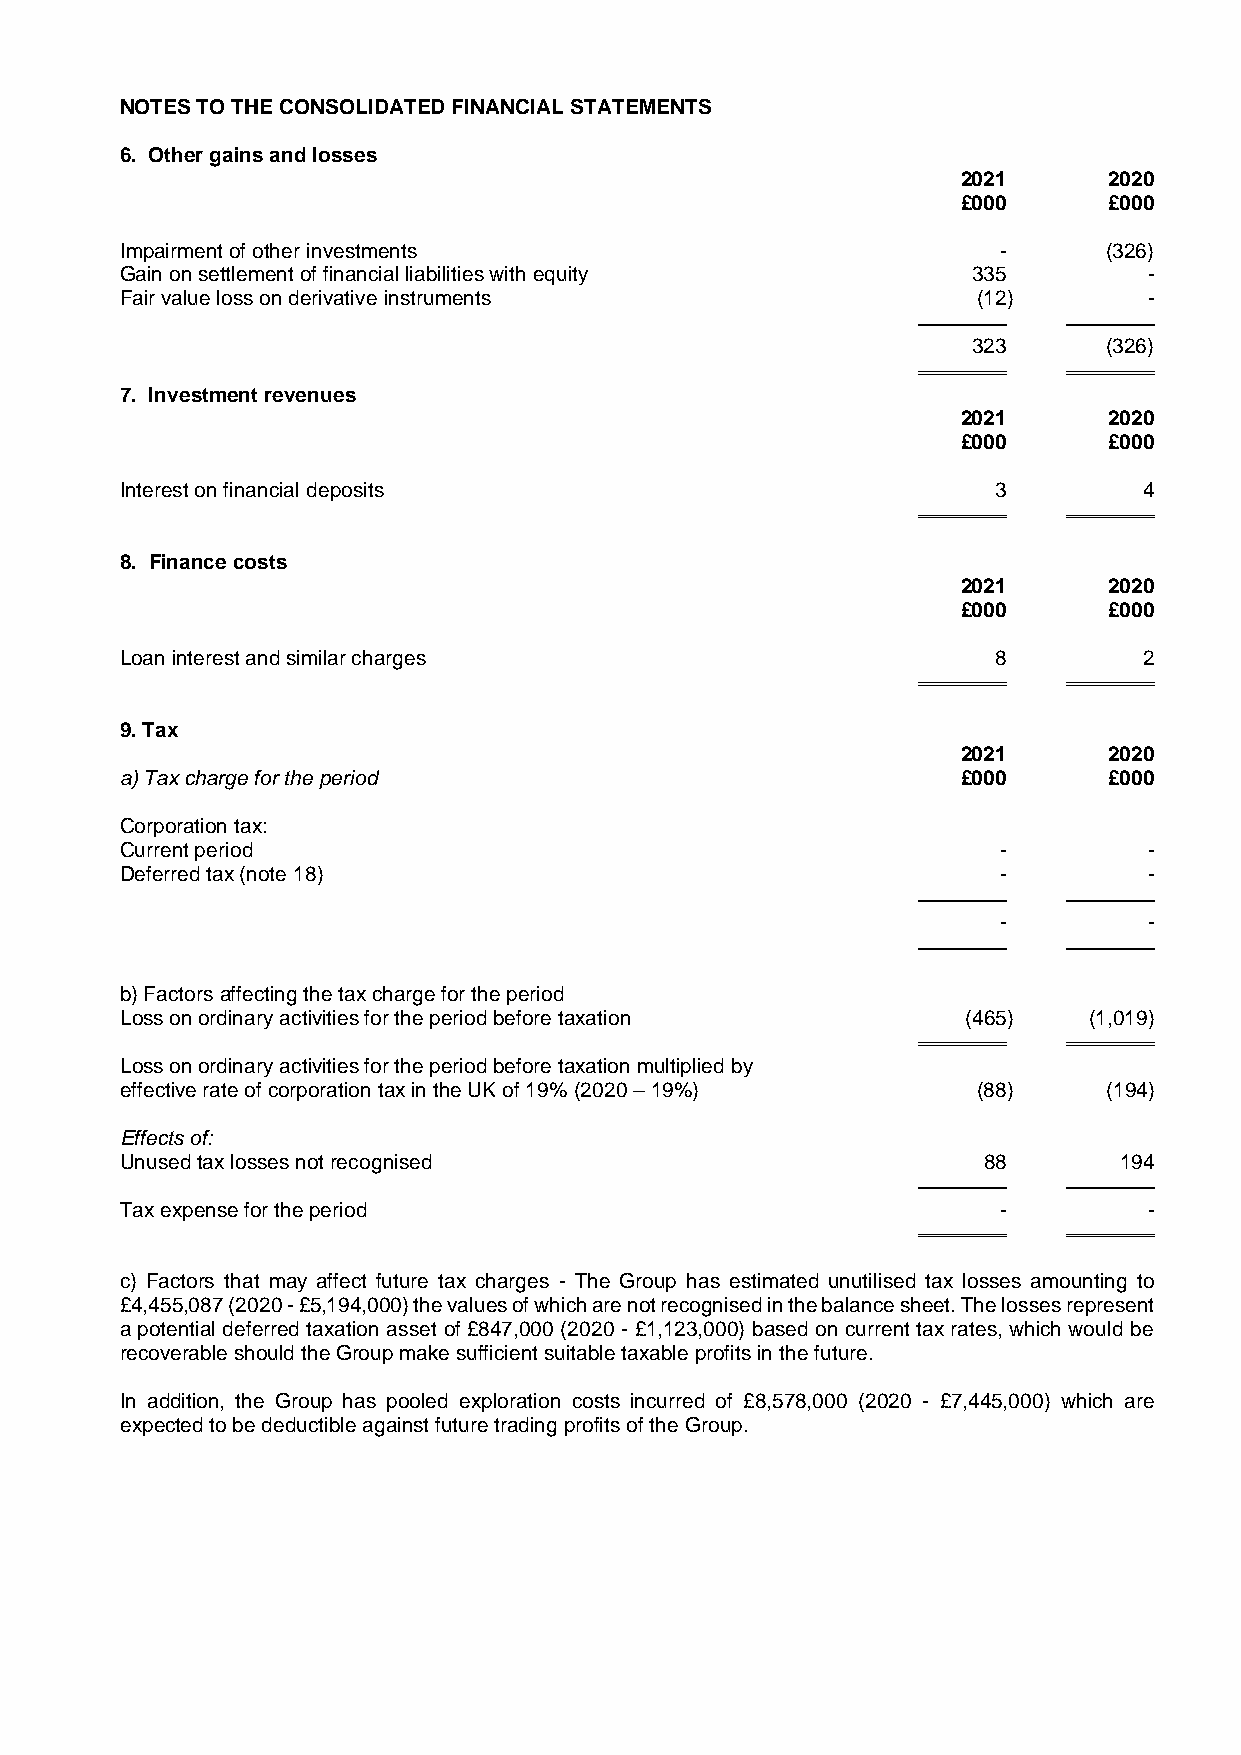
NOTES TO THE CONSOLIDATED FINANCIAL STATEMENTS
 6. Other gains and losses
 2021     2020
 £000     £000
 Impairment of other investments                           -      (326)
 Gain on settlement of financial liabilities with equity 335         -
 Fair value loss on derivative instruments                (12)       -
 323      (326)
 7. Investment revenues
 2021     2020
 £000     £000
 Interest on financial deposits                            3         4
 8. Finance costs
 2021     2020
 £000     £000
 Loan interest and similar charges                         8         2
 9. Tax
 2021     2020
 a) Tax charge for the period                            £000     £000
 Corporation tax:
 Current period                                            -         -
 Deferred tax (note 18)                                    -         -
 -         -
 b) Factors affecting the tax charge for the period
 Loss on ordinary activities for the period before taxation (465) (1,019)
 Loss on ordinary activities for the period before taxation multiplied by
 effective rate of corporation tax in the UK of 19% (2020 – 19%) (88) (194)
 Effects of:
 Unused tax losses not recognised                         88       194
 Tax expense for the period                                -         -
 c) Factors that may affect future tax charges - The Group has estimated unutilised tax losses amounting to
 £4,455,087 (2020 - £5,194,000) the values of which are not recognised in the balance sheet. The losses represent
 a potential deferred taxation asset of £847,000 (2020 - £1,123,000) based on current tax rates, which would be
 recoverable should the Group make sufficient suitable taxable profits in the future.
 In addition, the Group has pooled exploration costs incurred of £8,578,000 (2020 - £7,445,000) which are
 expected to be deductible against future trading profits of the Group.